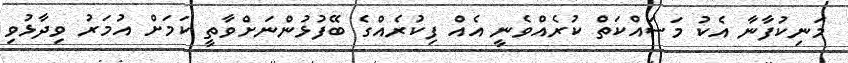
މަނިކުފާނާ އެކު މަސައްކަތް ކުރެއްވެނީ އެއް ފިކުރެއްގެ ބޭފުޅުންނަށްވާތީ ކަމަށް އުމަރު ވިދާޅުވި